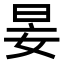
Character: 𡜑